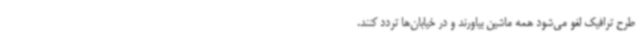
طرح ترافیک لغو می‌شود همه ماشین بیاورند و در خیابان‌ها تردد کنند.